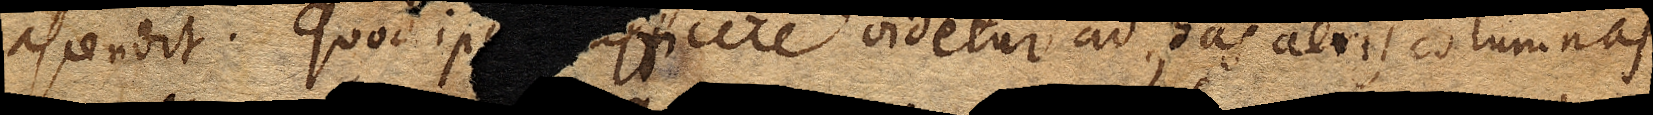
ascendit. Quod ip≺sum≻ ≺su≻fficere videtur ad has aeris columnas